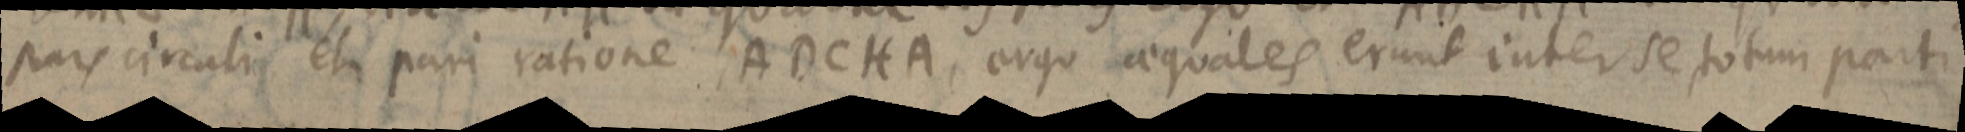
pars circuli et pari ratione ADCHA, ergo aequales erunt inter se totum parti